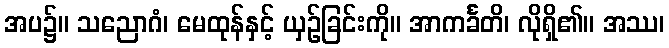
အပ၌။ သညောဂံ၊ မေထုန်နှင့် ယှဉ်ခြင်းကို။ အာကင်္ခတိ၊ လိုရှိ၏။ အဿ၊